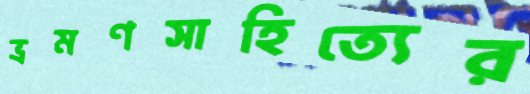
ভ্রমণসাহিত্যের